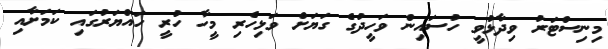
މިނިސްޓަރު ވިދާޅުވީ ހުސައިން ވަހީދުގެ ގަޔަށް ވަޅިހެރި މީހާ ހުރީ ހައްޔަރުގައި ކަމަށާއި